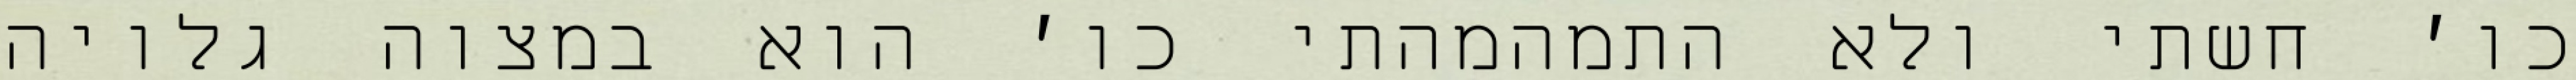
כו׳ חשתי ולא התמהמהתי כו׳ הוא במצוה גלויה